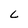
Character: L